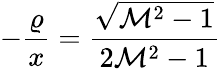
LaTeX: -\frac{\varrho}{x}=\frac{\sqrt{\mathcal{M}^{2}-1}}{2\mathcal{M}^{2}-1}